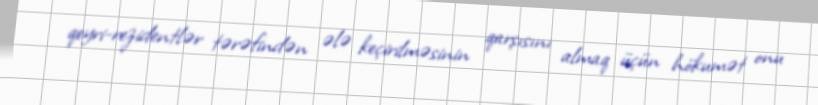
qeyri-rezidentlər tərəfindən ələ keçirilməsinin qarşısını almaq üçün hökumət onu